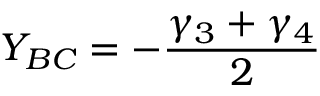
Y _ { B C } = - \frac { \gamma _ { 3 } + { \gamma _ { 4 } } } { 2 }